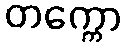
တက္ကော